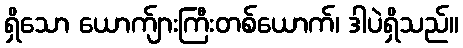
ရှိသော ယောက်ျားကြီးတစ်ယောက်၊ ဒါပဲရှိသည်။